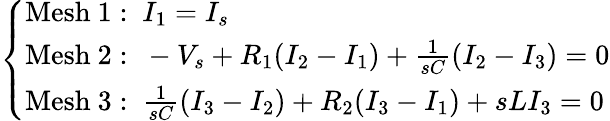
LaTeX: {\left\{ \begin{array}{ll}{{\mathrm{Mesh~1:~}}I_{1}=I_{s}}\\ {{\mathrm{Mesh~2:~}}-V_{s}+R_{1}(I_{2}-I_{1})+{\frac{1}{sC}}(I_{2}-I_{3})=0}\\ {{\mathrm{Mesh~3:~}}{\frac{1}{sC}}(I_{3}-I_{2})+R_{2}(I_{3}-I_{1})+sLI_{3}=0}\end{array}\right.}